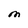
Character: m